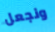
ونجعل